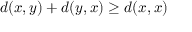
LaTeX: d ( x , y ) + d ( y , x ) \geq d ( x , x )